Annual report of the Bengal Veterinary College and of the Civil Veterinary Department, Bengal, for the year 1907-1908 - 1907-1908
Year: 1907
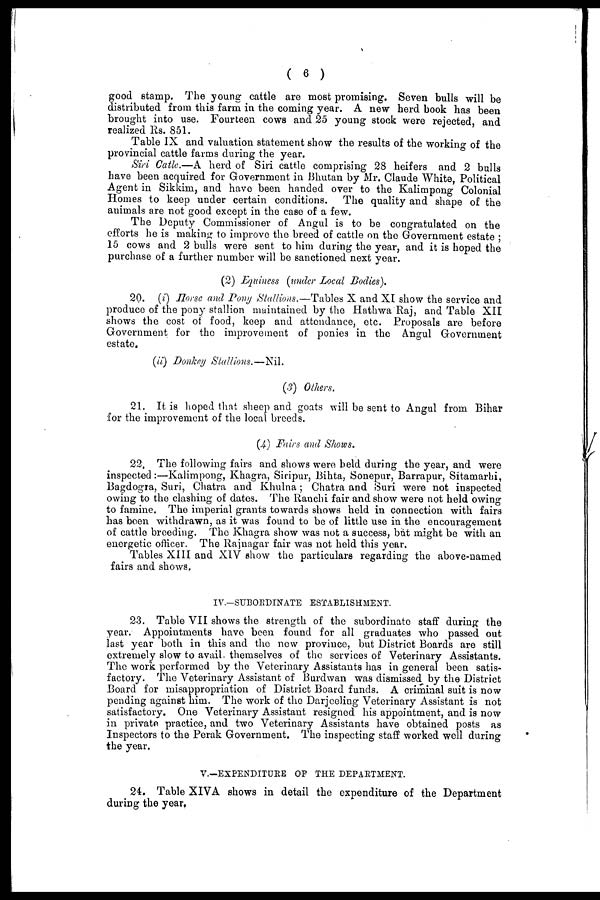
( 6 )
good stamp. The young cattle are most promising. Seven bulls will be
distributed from this farm in the coming year. A new herd book has been
brought into use. Fourteen cows and 25 young stock were rejected, and
realized Rs. 851.
Table IX and valuation statement show the results of the working of the
provincial cattle farms during the year.
Sin Catle.—A herd of Siri cattle comprising 28 heifers and 2 bulls
have been acquired for Government in Bhutan by Mr. Claude White, Political
Agent in Sikkim, and have been handed over to the Kalimpong Colonial
Homes to keep under certain conditions. The quality and shape of the
animals are not good except in the case of a few.
The Deputy Commissioner of Angul is to be congratulated on the
efforts he is making to improve the breed of cattle on the Government estate;
15 cows and 2 bulls were sent to him during the year, and it is hoped the
purchase of a further number will be sanctioned next year.
(2) Equiness (under Local Bodies).
20. (i) Horse and Pony Stallions.—Tables X and XI show the service and
produce of the pony stallion maintained by the Hathwa Raj, and Table XII
shows the cost of food, keep and attendance, etc. Proposals are before
Government for the improvement of ponies in the Angul Government
estate.
(ii) Donkey Stallions.—Nil.
(3) Others.
21. It is hoped that sheep and goats will be sent to Angul from Bihar
for the improvement of the local breeds.
(4) Fairs and Shows.
22. The following fairs and shows were held during the year, and were
inspected:—Kalimpong, Khagra, Siripur, Bihta, Sonepur, Barrapur, Sitamarhi,
Bagdogra, Suri, Chatra and Khulna; Chatra and Suri were not inspected
owing to the clashing of dates. The Ranchi fair and show were not held owing
to famine. The imperial grants towards shows held in connection with fairs
has been withdrawn, as it was found to be of little use in the encouragement
of cattle breeding. The Khagra show was not a success, but might be with an
energetic officer. The Rainagar fair was not held this year,
Tables XIII and XIV show the particulars regarding the above-named
fairs and shows,
IV.—SUBORDINATE ESTABLISHMENT.
23. Table VII shows the strength of the subordinate staff during the
year. Appointments have been found for all graduates who passed out
last year both in this and the new province, but District Boards are still
extremely slow to avail themselves of the services of Veterinary Assistants.
The work performed by the Veterinary Assistants has in general been satis-
factory. The Veterinary Assistant of Burdwan was dismissed by the District
Board for misappropriation of District Board funds. A criminal suit is now
pending against him. The work of the Darjeeling Veterinary Assistant is not
satisfactory. One Veterinary Assistant resigned his appointment, and is now
in private practice, and two Veterinary Assistants have obtained posts as
Inspectors to the Perak Government. The inspecting staff worked well during
the year.
V.—EXPENDITURE OF THE DEPARTMENT.
24. Table XIVA shows in detail the expenditure of the Department
during the year.